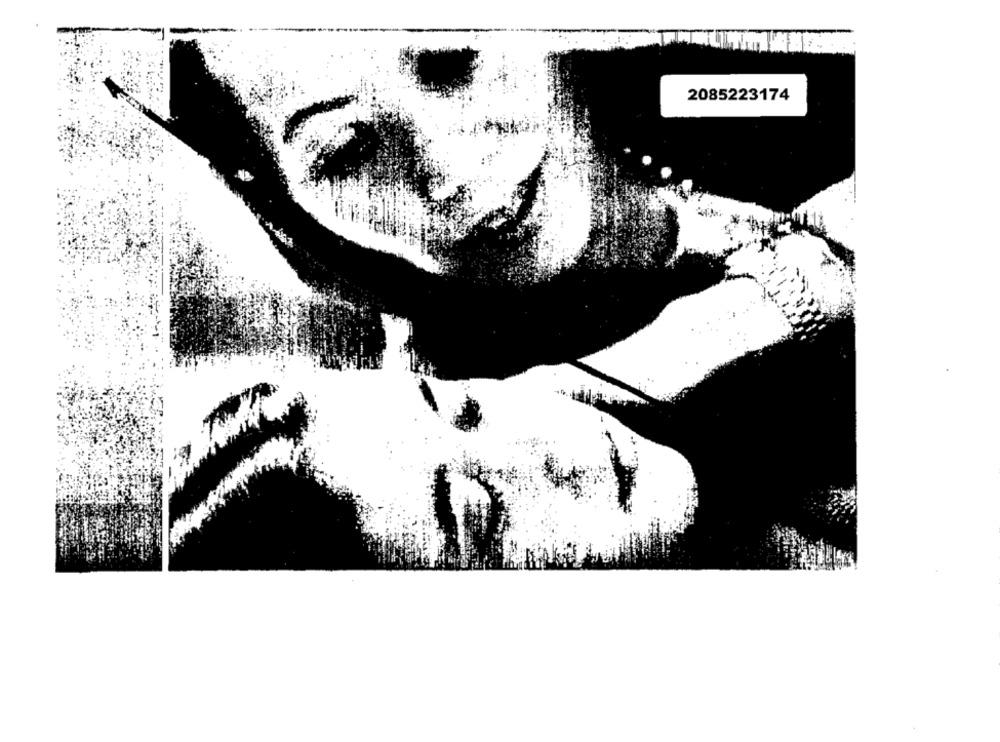
2085223174